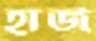
হার্জ